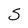
Character: S